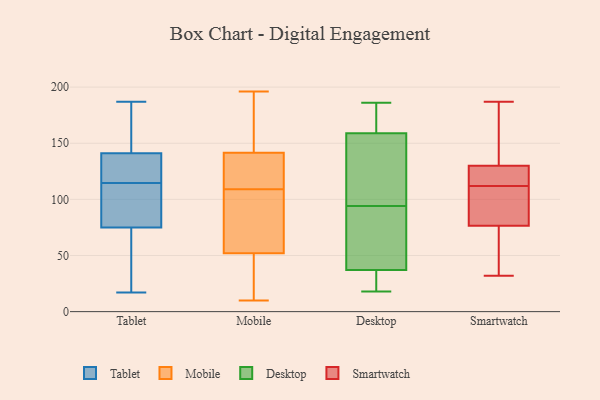
{"axis": {"x": "Bounce Rate (%)", "y": "Value"}, "legend": ["Desktop", "Mobile", "Smartwatch", "Tablet"], "data": [{"x": "", "y": 74, "type": "Tablet"}, {"x": "", "y": 75, "type": "Tablet"}, {"x": "", "y": 136, "type": "Tablet"}, {"x": "", "y": 141, "type": "Tablet"}, {"x": "", "y": 140, "type": "Tablet"}, {"x": "", "y": 144, "type": "Tablet"}, {"x": "", "y": 78, "type": "Tablet"}, {"x": "", "y": 128, "type": "Tablet"}, {"x": "", "y": 86, "type": "Tablet"}, {"x": "", "y": 17, "type": "Tablet"}, {"x": "", "y": 160, "type": "Tablet"}, {"x": "", "y": 74, "type": "Tablet"}, {"x": "", "y": 129, "type": "Tablet"}, {"x": "", "y": 170, "type": "Tablet"}, {"x": "", "y": 187, "type": "Tablet"}, {"x": "", "y": 30, "type": "Tablet"}, {"x": "", "y": 101, "type": "Tablet"}, {"x": "", "y": 94, "type": "Tablet"}, {"x": "", "y": 175, "type": "Mobile"}, {"x": "", "y": 72, "type": "Mobile"}, {"x": "", "y": 111, "type": "Mobile"}, {"x": "", "y": 160, "type": "Mobile"}, {"x": "", "y": 177, "type": "Mobile"}, {"x": "", "y": 66, "type": "Mobile"}, {"x": "", "y": 12, "type": "Mobile"}, {"x": "", "y": 10, "type": "Mobile"}, {"x": "", "y": 57, "type": "Mobile"}, {"x": "", "y": 119, "type": "Mobile"}, {"x": "", "y": 150, "type": "Mobile"}, {"x": "", "y": 88, "type": "Mobile"}, {"x": "", "y": 121, "type": "Mobile"}, {"x": "", "y": 107, "type": "Mobile"}, {"x": "", "y": 18, "type": "Mobile"}, {"x": "", "y": 47, "type": "Mobile"}, {"x": "", "y": 196, "type": "Mobile"}, {"x": "", "y": 42, "type": "Mobile"}, {"x": "", "y": 133, "type": "Mobile"}, {"x": "", "y": 133, "type": "Mobile"}, {"x": "", "y": 19, "type": "Desktop"}, {"x": "", "y": 123, "type": "Desktop"}, {"x": "", "y": 179, "type": "Desktop"}, {"x": "", "y": 170, "type": "Desktop"}, {"x": "", "y": 18, "type": "Desktop"}, {"x": "", "y": 33, "type": "Desktop"}, {"x": "", "y": 41, "type": "Desktop"}, {"x": "", "y": 25, "type": "Desktop"}, {"x": "", "y": 122, "type": "Desktop"}, {"x": "", "y": 53, "type": "Desktop"}, {"x": "", "y": 169, "type": "Desktop"}, {"x": "", "y": 186, "type": "Desktop"}, {"x": "", "y": 75, "type": "Desktop"}, {"x": "", "y": 149, "type": "Desktop"}, {"x": "", "y": 84, "type": "Desktop"}, {"x": "", "y": 104, "type": "Desktop"}, {"x": "", "y": 46, "type": "Smartwatch"}, {"x": "", "y": 171, "type": "Smartwatch"}, {"x": "", "y": 112, "type": "Smartwatch"}, {"x": "", "y": 81, "type": "Smartwatch"}, {"x": "", "y": 147, "type": "Smartwatch"}, {"x": "", "y": 63, "type": "Smartwatch"}, {"x": "", "y": 86, "type": "Smartwatch"}, {"x": "", "y": 99, "type": "Smartwatch"}, {"x": "", "y": 51, "type": "Smartwatch"}, {"x": "", "y": 32, "type": "Smartwatch"}, {"x": "", "y": 113, "type": "Smartwatch"}, {"x": "", "y": 187, "type": "Smartwatch"}, {"x": "", "y": 125, "type": "Smartwatch"}, {"x": "", "y": 128, "type": "Smartwatch"}, {"x": "", "y": 130, "type": "Smartwatch"}, {"x": "", "y": 88, "type": "Smartwatch"}, {"x": "", "y": 130, "type": "Smartwatch"}]}